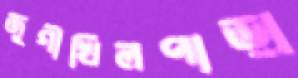
জুগীখিলপাড়া